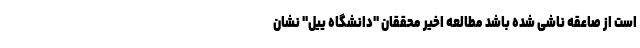
است از صاعقه‌ ناشی شده باشد مطالعه اخیر محققان "دانشگاه ییل" نشان